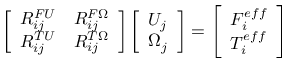
\left[ \begin{array} { l l } { R _ { i j } ^ { F U } } & { R _ { i j } ^ { F \Omega } } \\ { R _ { i j } ^ { T U } } & { R _ { i j } ^ { T \Omega } } \end{array} \right] \left[ \begin{array} { l } { U _ { j } } \\ { \Omega _ { j } } \end{array} \right] = \left[ \begin{array} { l } { F _ { i } ^ { e f f } } \\ { T _ { i } ^ { e f f } } \end{array} \right]